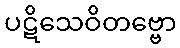
ပဋိသေဝိတဗ္ဗော